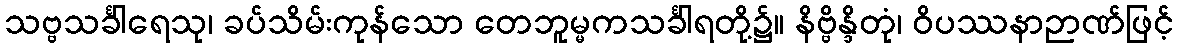
သဗ္ဗသင်္ခါရေသု၊ ခပ်သိမ်းကုန်သော တေဘူမ္မကသင်္ခါရတို့၌။ နိဗ္ဗိန္ဒိတုံ၊ ဝိပဿနာဉာဏ်ဖြင့်